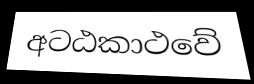
අටඨකාථවේ